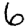
Digit: 6